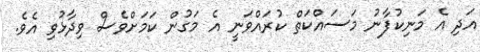
އަދި އެ މަނިކުފާނު މަސައްކަތް ކުރައްވަނީ އެ މަގުން ކަމަށްވެސް ވިދާޅުވި އެވެ.